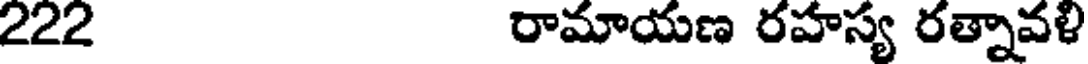
222 రామాయణ రహస్య రత్నావళి